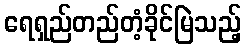
ရေရှည်တည်တံ့ခိုင်မြဲသည့်